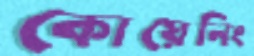
কোয়েনিং